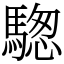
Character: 騘